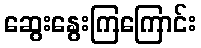
ဆွေးနွေးကြကြောင်း